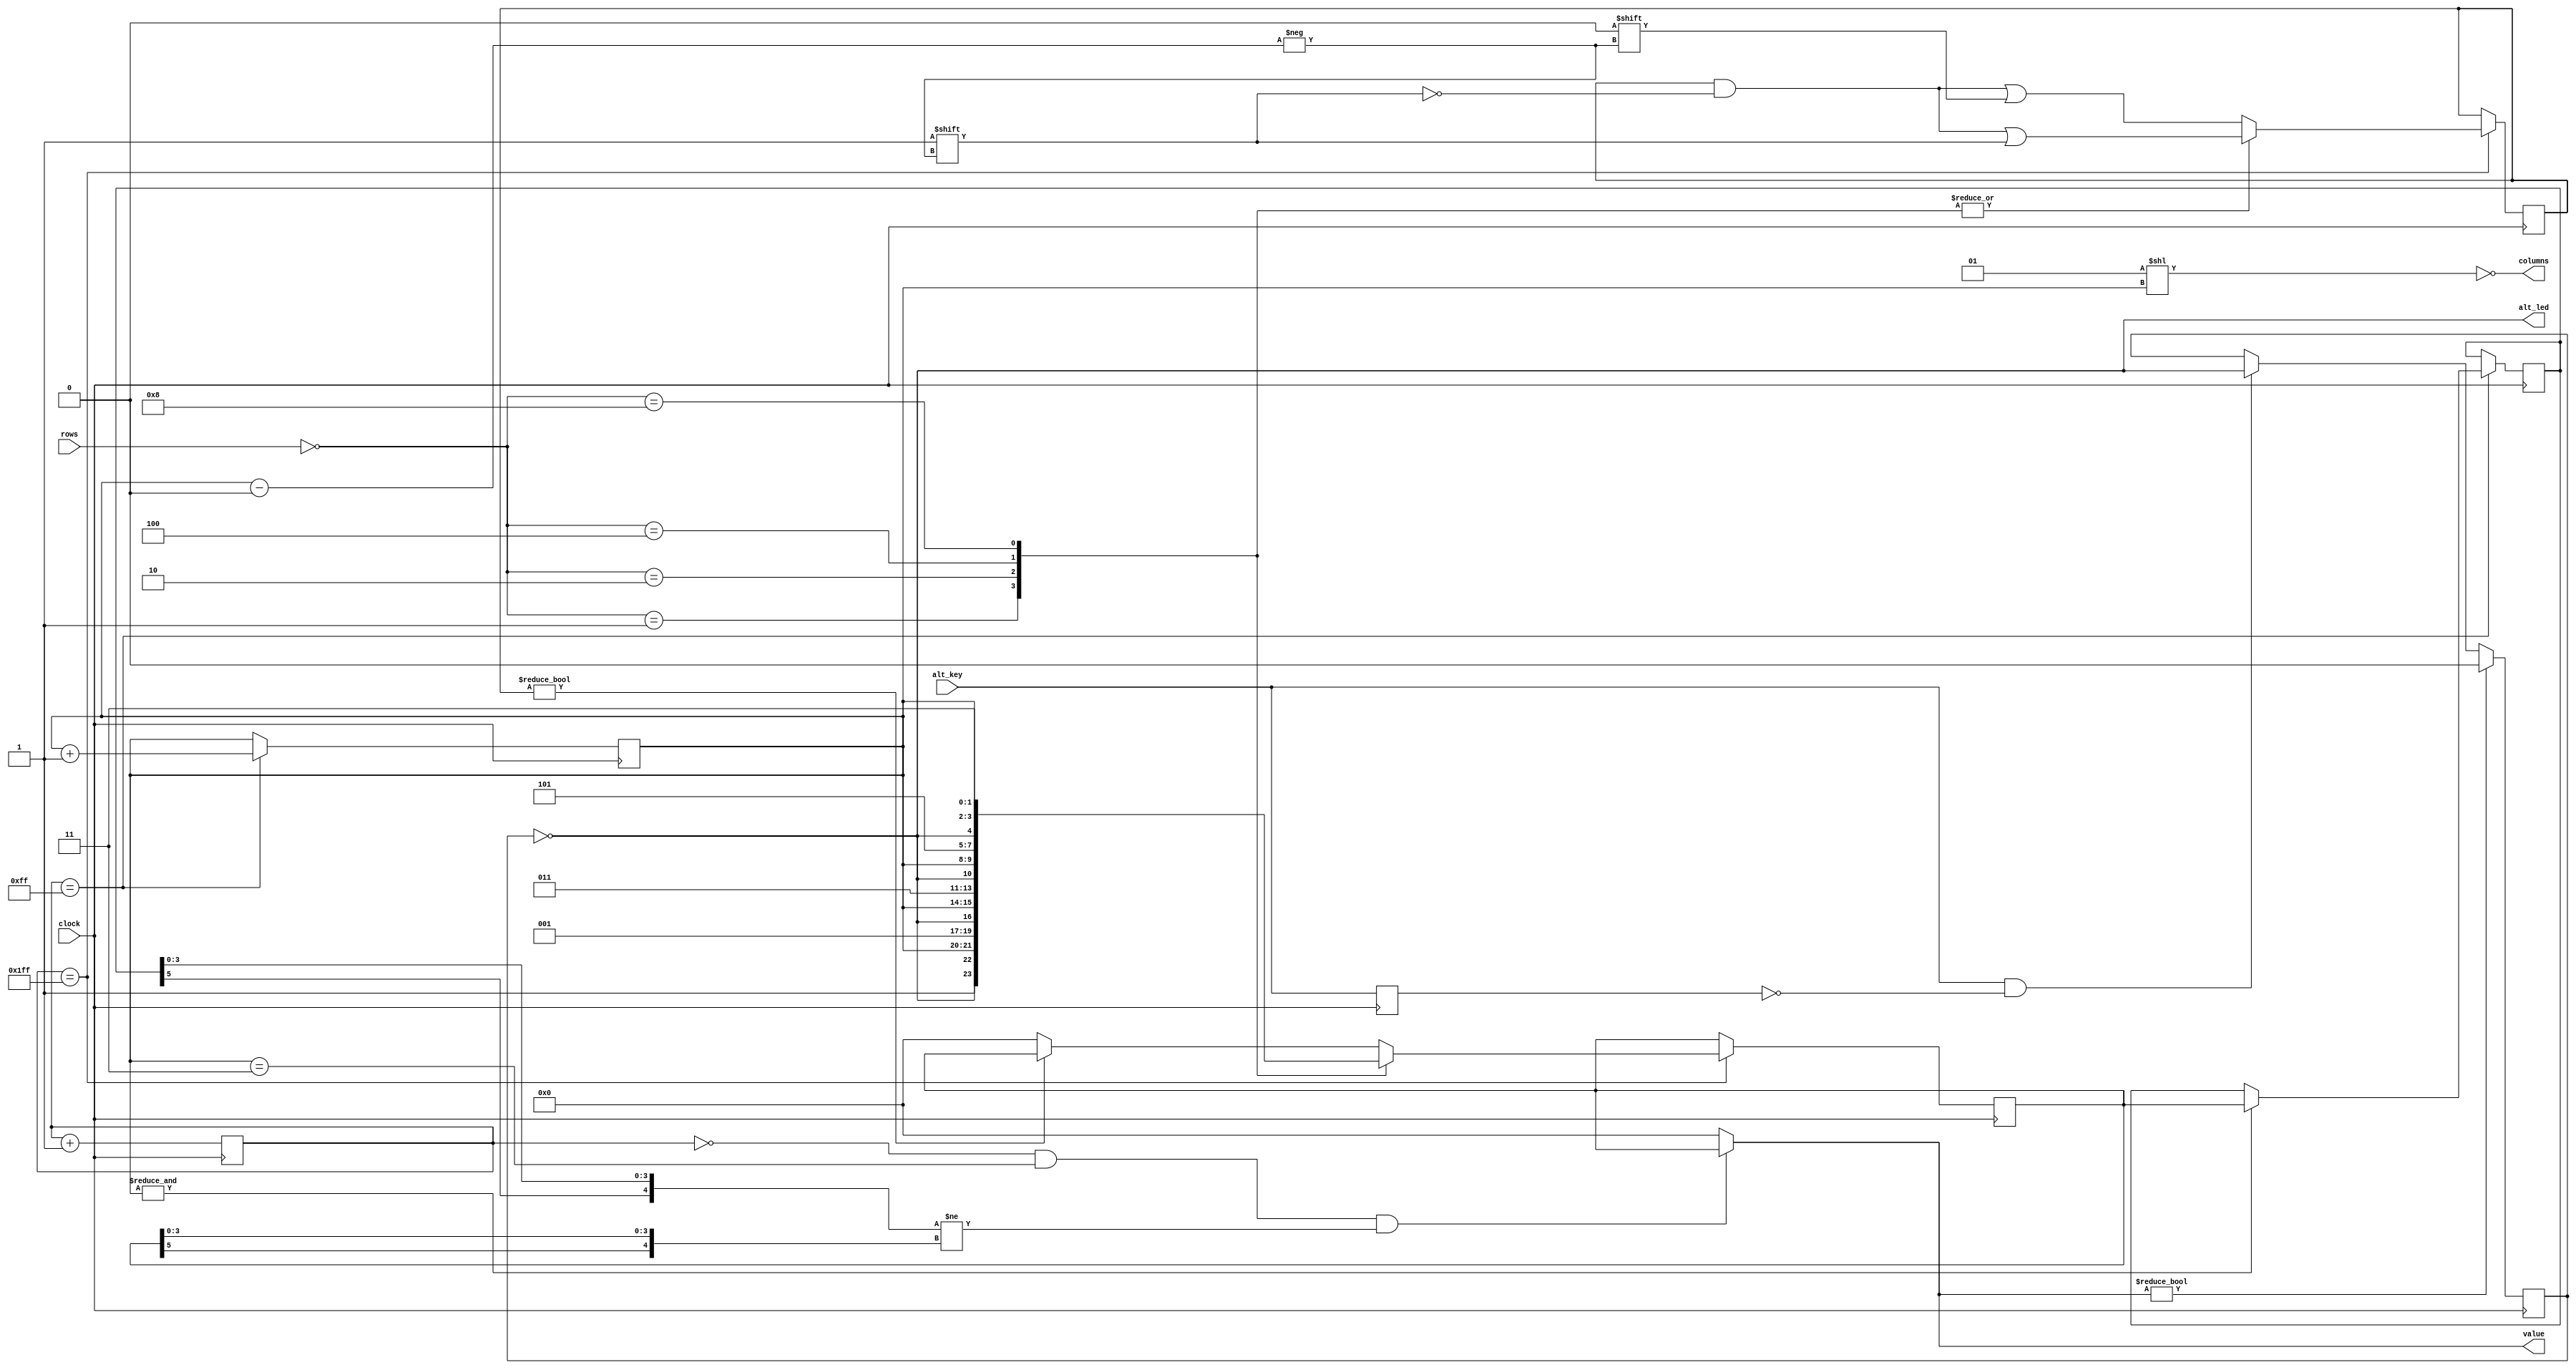
module numpad (
	//Just 50 MHz clock
	input clock,

	//Alternative keyboard
	input alt_key,

	//Alternative keyboard indicator
	output alt_led,

	//Numpad rows
	input [3:0] rows,

	//Numpad columns
	output [3:0] columns,

	//State change description [5:5] - is_changed, [4:4] - keyboard, [3:0] - button
	output [5:0] value
);

//  col 0  col 1  col 2  col 3
//
// #############################
// #      #      #      #      #
// # 1(0) # 2(4) # 3(8) # A(12)#  row 0
// #      #      #      #      #
// #############################
// #      #      #      #      #
// # 4(1) # 5(5) # 6(9) # B(13)#  row 1
// #      #      #      #      #
// #############################
// #      #      #      #      #
// # 7(2) # 8(6) # 9(10)# C(14)#  row 2
// #      #      #      #      #
// #############################
// #      #      #      #      #
// # 0(3) # F(7) # E(11)# D(15)#  row 3
// #      #      #      #      #
// #############################

parameter BTN_EMPTY = 6'b000000;

//Previous pressed button
reg [5:0] prev = 0;

//Current pressed button
reg [5:0] cur = 0;

//Current column number
reg [1:0] col = 0;

//Counter for delay
reg [8:0] counter = 0;

//Rows pressed flags
reg [3:0] pressed = 0;

//Is alternative keyboard
reg is_alt = 0;

//Alt key on prev clock cycle
reg prev_alt_key = 0;

//Controlling column
assign columns = ~(1 << col);

assign alt_led = ~is_alt;

always @(posedge clock)
begin
	//Increase counter
	counter <= counter + 1;

	//Evaluating alternative keyboard signal
	if (value != BTN_EMPTY)
		is_alt <= 0;
	else
		is_alt <= (alt_key == 1 && prev_alt_key == 0) ? ~is_alt : is_alt;
	prev_alt_key <= alt_key;

	if (counter == 9'b1111111111)
	begin
		//Evaluating current button
		case(~rows)
			4'b0001:
			begin
			pressed[col] <= 1;
			cur <= {1'b1, ~is_alt, col, 2'b00};
			end
			4'b0010:
			begin
			pressed[col] <= 1;
			cur <= {1'b1, ~is_alt, col, 2'b01};
			end
			4'b0100:
			begin
			pressed[col] <= 1;
			cur <= {1'b1, ~is_alt, col, 2'b10};
			end
			4'b1000:
			begin
			pressed[col] <= 1;
			cur <= {1'b1, ~is_alt, col, 2'b11};
			end
			default:
			begin
			pressed[col] <= 0;
			cur <= pressed ? cur : BTN_EMPTY;
			end
		endcase	
	end

	//increase column number when counter is 9'011111111, using different edges of counter[8] to let counter pass through zero, to assert wire value if need
	if (counter == 9'b011111111)
	begin
		//Saving previous button every 4 iterations
		if (&col)
			prev <= cur;

		col <= col + 1;
	end
end

//Evaluating state change
//Comparing current and previous states without keyboard bit
assign value = (counter == 9'b000000000 && col == 2'b11 && {prev[5], prev[3:0]} != {cur[5], cur[3:0]}) ? cur : BTN_EMPTY;

endmodule